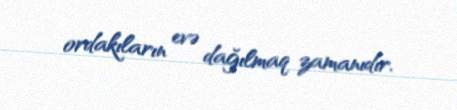
ordakıların evə dağılmaq zamanıdır.